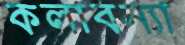
কলাবন্যা